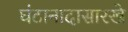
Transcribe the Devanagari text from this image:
घंटानादासारखे